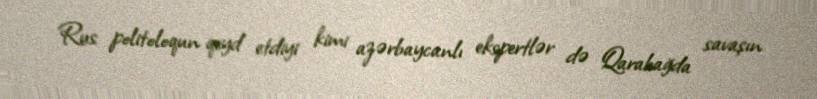
Rus politoloqun qeyd etdiyi kimi azərbaycanlı ekspertlər də Qarabağda savaşın